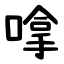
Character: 嗱